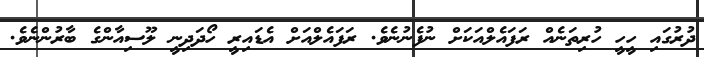
ދުރުގައި ހީހީ ހުރިތަނެއް ރަފައެލްއަކަށް ނުފެނުނެވެ. ރަފައެލްއަށް އެޑައިރީ ހޯދަދިނީ ލޫސިއާންގެ ބާރުންނެވެ.